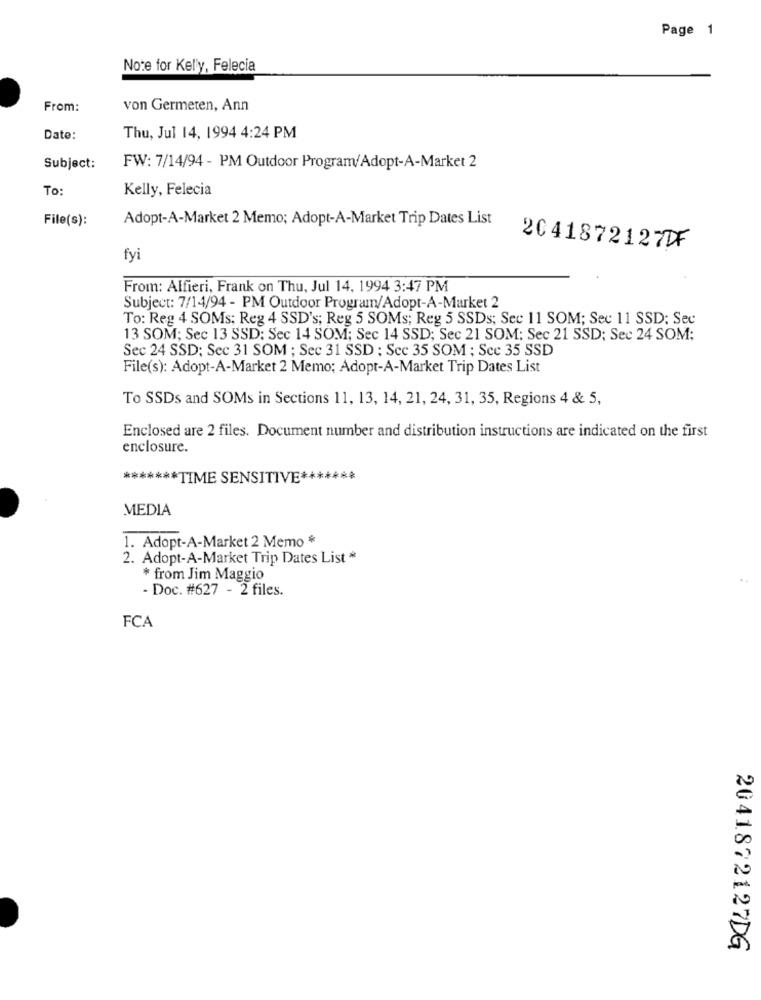
Page 1
Note for Kelly, Felecia
From:
von Germeten, Ann
Date:
Thu, Jul 14, 1994 4:24 PM
Subject:
FW: 7/14/94 - PM Outdoor Program/Adopt-A-Market 2
To:
Kelly, Felecia
File(s):
Adopt-A-Market 2 Memo; Adopt-A-Market Trip Dates List
2041872127DF
fyi
From: Alfieri, Frank on Thu, Jul 14, 1994 3:47 PM
Subject: 7/14/94 - PM Outdoor Program/Adopt-A-Market 2
To: Reg 4 SOMs: Reg 4 SSD's; Reg 5 SOMs; Reg 5 SSDs; Sec 11 SOM; Sec 11 SSD; Sec
13 SOM; Sec 13 SSD: Sec 14 SOM; Sec 14 SSD; Sec 21 SOM: Sec 21 SSD; Sec 24 SOM:
Sec 24 SSD; Sec 31 SOM ; Sec 31 SSD ; Sec 35 SOM ; Scc 35 SSD
File(s): Adopt-A-Market 2 Memo; Adopt-A-Market Trip Dates List
To SSDs and SOMs in Sections 11, 13, 14, 21, 24, 31, 35, Regions 4 & 5,
Enclosed are 2 files. Document number and distribution instructions are indicated on the first
enclosure.
******* TIME SENSITIVE *******
MEDIA
1. Adopt-A-Market 2 Memo *
2. Adopt-A-Market Trip Dates List *
* from Jim Maggio
- Doc. #627 - 2 files.
FCA
2041872127DG